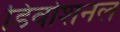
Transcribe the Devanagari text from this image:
डिवोशनल